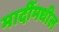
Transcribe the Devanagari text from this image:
मादींमधील